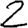
Digit: 2